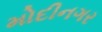
મોદીનગર